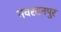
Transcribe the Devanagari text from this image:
नवरतनपुर